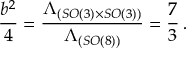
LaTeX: \frac { b ^ { 2 } } { 4 } = \frac { \Lambda _ { ( S O ( 3 ) \times S O ( 3 ) ) } } { \Lambda _ { ( S O ( 8 ) ) } } = \frac { 7 } { 3 } \, .